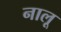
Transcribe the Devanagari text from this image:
नालू